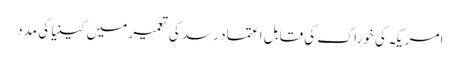
امریکہ کی خوراک کی قابل اعتماد رسد کی تعمیر میں کینیا کی مدد